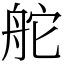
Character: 舵